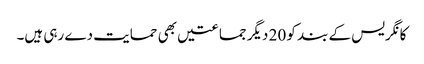
کانگریس کے بند کو 20 دیگر جماعتیں بھی حمایت دے رہی ہیں۔